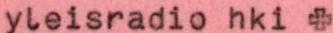
yleisradio hki +